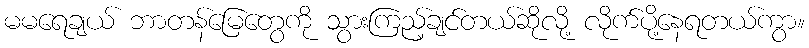
မမရေချယ် ဘာတန်မြေတွေကို သွားကြည့်ချင်တယ်ဆိုလို့ လိုက်ပို့နေရတယ်ကွာ။